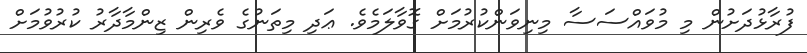
ފުރާޅުދަށުން މި މުވައްސަސާ މިނިވަންކުރުމަށް ގޮވާލަމެވެ. ޢަދި މިތަނުގެ ވެރިން ޒިންމާދާރު ކުރުވުމަށް